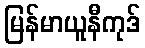
မြန်မာယူနီကုဒ်